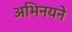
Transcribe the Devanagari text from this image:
अभिनयने